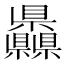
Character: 𥍙